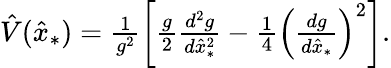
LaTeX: \begin{array}{r}{\hat{V}(\hat{x}_{*})=\frac{1}{g^{2}}\left[\frac{g}{2}\frac{d^{2}g}{d\hat{x}_{*}^{2}}-\frac{1}{4}\left(\frac{dg}{d\hat{x}_{*}}\right)^{2}\right].}\end{array}